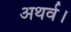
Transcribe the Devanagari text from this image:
अथर्व।